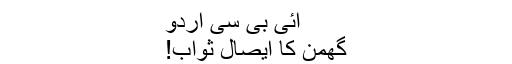
آئی بی سی اردو
گھمن کا ایصال ثواب!